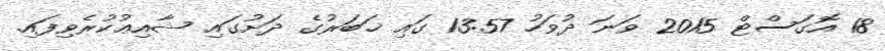
18 އޮގަސްޓް 2015 ވަނަ ދުވަހު 13:57 ގައި ޚަބަރުގެ ދަށުގައި ޝާއިޢުކުރެވިފައި.